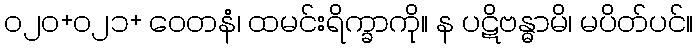
၀၂၀+၀၂၁+ ဝေတနံ၊ ထမင်းရိက္ခာကို။ န ပဋိဗန္ဓာမိ၊ မပိတ်ပင်။